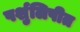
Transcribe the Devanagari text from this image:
पर्शुलिपीत